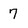
Character: 7